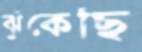
ঝুঁকেছি